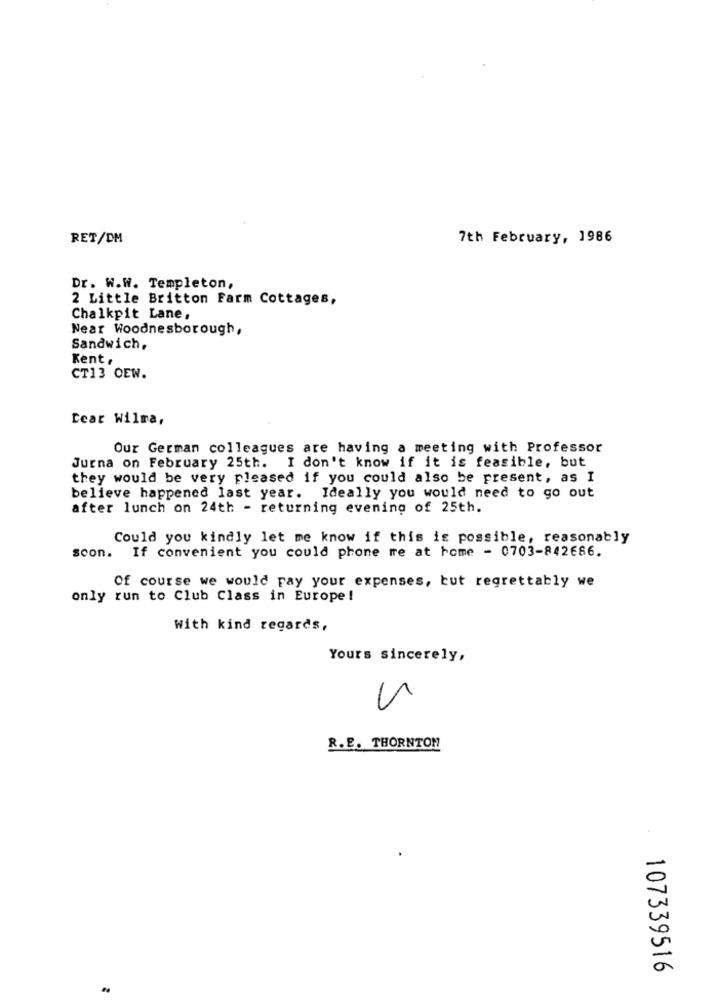
RET/DM
7th February, 1986
Dr. W.W. Templeton,
2 Little Britton Farm Cottages,
Chalkpit Lane,
Near Woodnesborough,
Sandwich,
Kent.
CT13 OEW.
Cear Wilma,
Our German colleagues are having a meeting with Professor
Jurna on February 25th. I don't know if it is feasible, but
they would be very pleased if you could also be present, as I
believe happened last year. Ideally you would need to go out
after lunch on 24th - returning evening of 25th.
Could you kindly let me know if this is possible, reasonably
soon. If convenient you could phone me at home - 0703-842686.
Of course we would pay your expenses, but regrettably we
only run to Club Class in Europe!
With kind regards,
Yours sincerely,
R.E. THORNTON
107339516